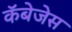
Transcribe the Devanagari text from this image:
कॅबेजेस